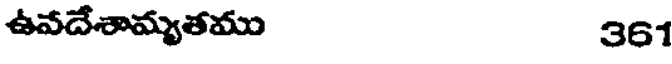
ఉవదేశామ్యతము 361